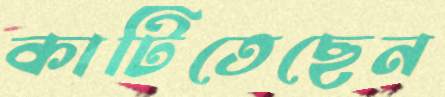
কাটিতেছেন